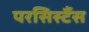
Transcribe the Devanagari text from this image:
परसिस्टैंस